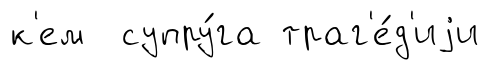
к'ем супру́га траг'е́д'иjи